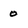
Character: 0